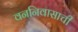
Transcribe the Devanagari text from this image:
वननिवासाची